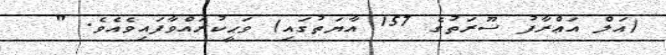
(އަލް އަޢްރާފު ސޫރަތުގެ 157 އާޔަތުގައި) ވަޙީކުރައްވާފައިވެއެވެ. "